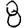
Digit: 8